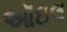
ઑઇલ